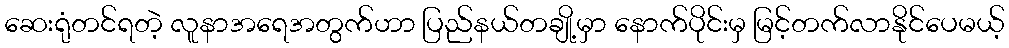
ဆေးရုံတင်ရတဲ့ လူနာအရေအတွက်ဟာ ပြည်နယ်တချို့မှာ နောက်ပိုင်းမှ မြင့်တက်လာနိုင်ပေမယ့်